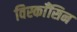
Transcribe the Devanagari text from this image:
विस्काँसिन